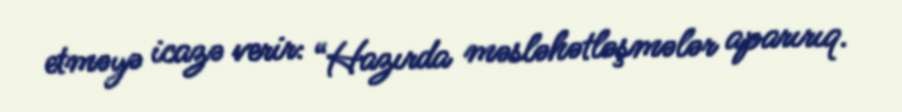
etməyə icazə verir: “Hazırda məsləhətləşmələr aparırıq.